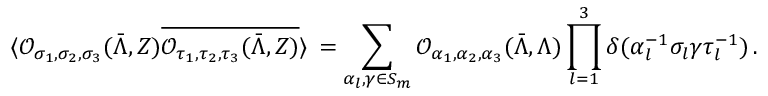
\langle \mathcal { O } _ { \sigma _ { 1 } , \sigma _ { 2 } , \sigma _ { 3 } } ( \bar { \Lambda } , Z ) \overline { { \mathcal { O } _ { \tau _ { 1 } , \tau _ { 2 } , \tau _ { 3 } } ( \bar { \Lambda } , Z ) } } \rangle \, = \sum _ { \alpha _ { l } , \gamma \in S _ { m } } \mathcal { O } _ { \alpha _ { 1 } , \alpha _ { 2 } , \alpha _ { 3 } } ( \bar { \Lambda } , \Lambda ) \prod _ { l = 1 } ^ { 3 } \delta ( \alpha _ { l } ^ { - 1 } \sigma _ { l } \gamma \tau _ { l } ^ { - 1 } ) \, .